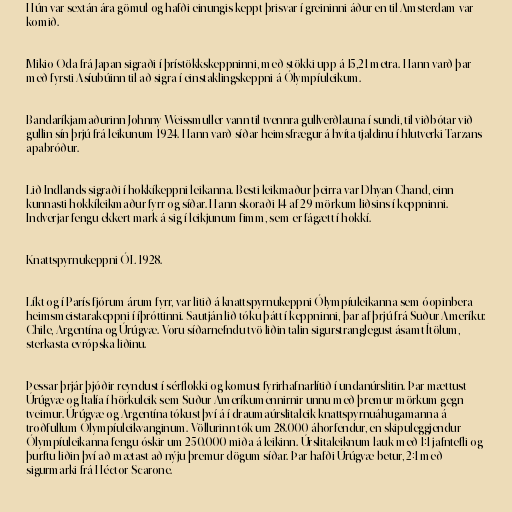
Hún var sextán ára gömul og hafði einungis keppt þrisvar í greininni áður en til Amsterdam var
komið.

Mikio Oda frá Japan sigraði í þrístökkskeppninni, með stökki upp á 15,21 metra. Hann varð þar
með fyrsti Asíubúinn til að sigra í einstaklingskeppni á Ólympíuleikum.

Bandaríkjamaðurinn Johnny Weissmuller vann til tvennra gullverðlauna í sundi, til viðbótar við
gullin sín þrjú frá leikunum 1924. Hann varð síðar heimsfrægur á hvíta tjaldinu í hlutverki Tarzans
apabróður.

Lið Indlands sigraði í hokkíkeppni leikanna. Besti leikmaður þeirra var Dhyan Chand, einn
kunnasti hokkíleikmaður fyrr og síðar. Hann skoraði 14 af 29 mörkum liðsins í keppninni.
Indverjar fengu ekkert mark á sig í leikjunum fimm, sem er fágætt í hokkí.

Knattspyrnukeppni ÓL 1928.

Líkt og í París fjórum árum fyrr, var litið á knattspyrnukeppni Ólympíuleikanna sem óopinbera
heimsmeistarakeppni í íþróttinni. Sautján lið tóku þátt í keppninni, þar af þrjú frá Suður-Ameríku:
Chile, Argentína og Úrúgvæ. Voru síðarnefndu tvö liðin talin sigurstranglegust ásamt Ítölum,
sterkasta evrópska liðinu.

Þessar þrjár þjóðir reyndust í sérflokki og komust fyrirhafnarlítið í undanúrslitin. Þar mættust
Úrúgvæ og Ítalía í hörkuleik sem Suður-Ameríkumennirnir unnu með þremur mörkum gegn
tveimur. Úrúgvæ og Argentína tókust því á í draumaúrslitaleik knattspyrnuáhugamanna á
troðfullum Ólympíuleikvanginum. Völlurinn tók um 28.000 áhorfendur, en skipuleggjendur
Ólympíuleikanna fengu óskir um 250.000 miða á leikinn. Úrslitaleiknum lauk með 1:1 jafntefli og
þurftu liðin því að mætast að nýju þremur dögum síðar. Þar hafði Úrúgvæ betur, 2:1 með
sigurmarki frá Héctor Scarone.